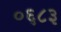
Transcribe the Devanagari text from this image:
०६८३